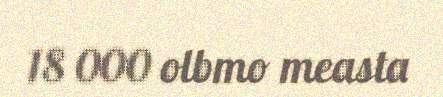
18 000 olbmo measta